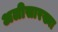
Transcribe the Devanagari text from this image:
अलीसारख्या